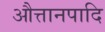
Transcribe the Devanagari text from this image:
औत्तानपादि